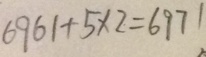
6 9 6 1 + 5 \times 2 = 6 9 7 1